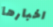
اخبارها